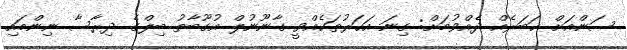
ސަންއަށް ޚަބަރެއް ދެއްވުމަށް: ގިނަ އަހަރުތަކެއްވީ ގާނޫނުލް އުގޫބާތު ބިލްގެ ދިރާސާ ނިންމައި